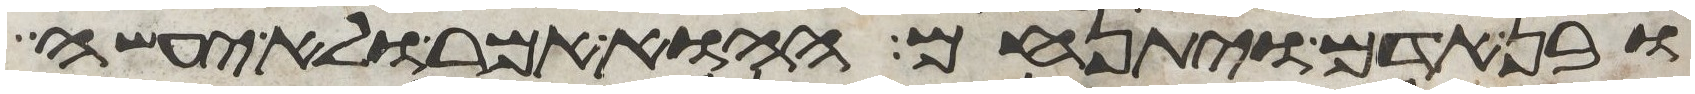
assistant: ובן אדם ויתנחם ההוא אמר ולא יעשה